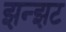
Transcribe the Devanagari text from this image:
झन्झट